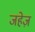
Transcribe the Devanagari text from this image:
जहेज़